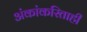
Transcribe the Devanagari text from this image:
अंकांकरिताही